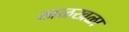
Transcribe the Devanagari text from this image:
खळखळा